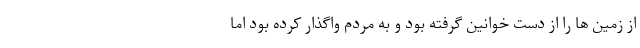
از زمین ها را از دست خوانین گرفته بود و به مردم واگذار کرده بود اما